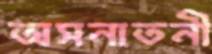
অসনাতনী